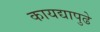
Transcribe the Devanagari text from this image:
कायद्यापुढे